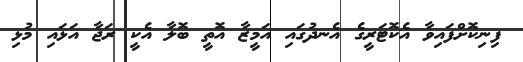
ފިނިކޮށްފައިވާ އެކޮޓަރީގެ އެނދުގައި އަމީޒާ އޮތީ ބޮލާ އެކީ ރަޖާ އަޅައި މުޅި